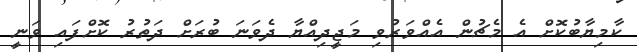
ކާމިޔާބުކޮށް އެ މެޗުން އެއްވަރުވި މަޖީދިއްޔާ ދެވަނަ ބުރަށް ދަތުރު ކޮށްފައި ވަނީ